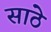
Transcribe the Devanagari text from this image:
साठेे